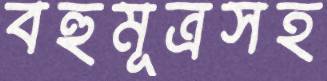
বহুমূত্রসহ